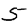
Digit: 5